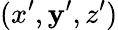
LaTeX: (x^{\prime},\mathbf{y}^{\prime},z^{\prime})